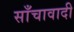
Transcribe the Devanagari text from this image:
साँचावादी